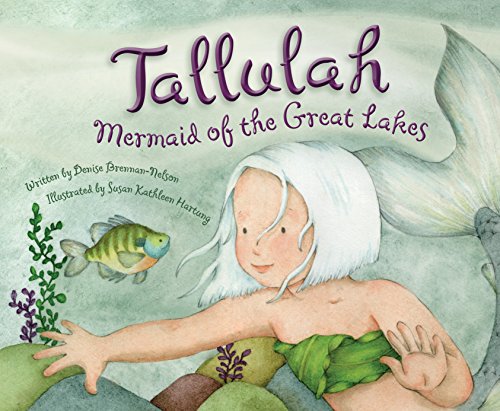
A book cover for Tallulah: Mermaid of the Great Lakes; Denise Brennan-Nelson; Children's Books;